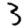
Digit: 3